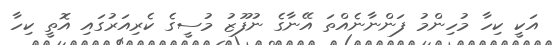
އަކީ ކިހާ މުހިންމު ފަންނާނެއްތަ އޭނާގެ ނުފޫޒު މުސީގެ ކެރިއަރުގައި އޮތީ ކިހާ